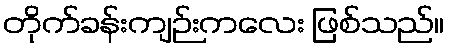
တိုက်ခန်းကျဉ်းကလေး ဖြစ်သည်။